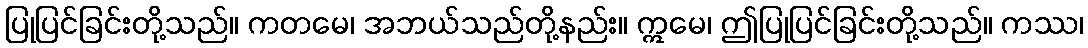
ပြုပြင်ခြင်းတို့သည်။ ကတမေ၊ အဘယ်သည်တို့နည်း။ ဣမေ၊ ဤပြုပြင်ခြင်းတို့သည်။ ကဿ၊